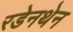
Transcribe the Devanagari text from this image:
रडेनथेन